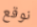
نوقع